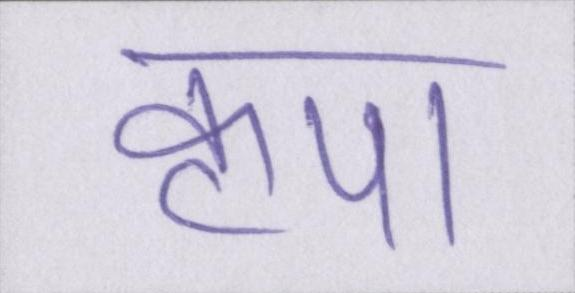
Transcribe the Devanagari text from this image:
कृपा